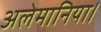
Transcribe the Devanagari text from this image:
अलेमानिया।